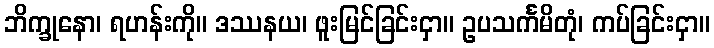
ဘိက္ခုနော၊ ရဟန်းကို။ ဒဿနယ၊ ဖူးမြင်ခြင်းငှာ။ ဥပသင်္ကမိတုံ၊ ကပ်ခြင်းငှာ။